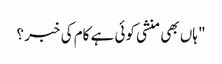
" ہاں بھی منشی کوئی ہے کام کی خبر ؟